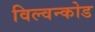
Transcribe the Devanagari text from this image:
विल्वन्कोड